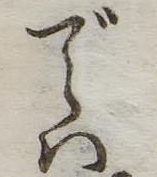
では